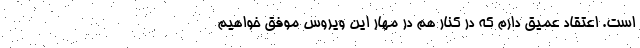
است. اعتقاد عمیق دارم که در کنار هم در مهار این ویروس موفق خواهیم